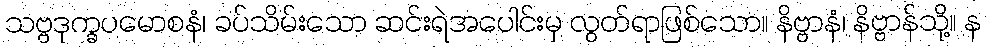
သဗ္ဗဒုက္ခပမောစနံ၊ ခပ်သိမ်းသော ဆင်းရဲအပေါင်းမှ လွတ်ရာဖြစ်သော။ နိဗ္ဗာနံ၊ နိဗ္ဗာန်သို့။ န